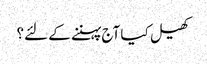
کھیل کیا آج پہننے کے لئے؟